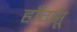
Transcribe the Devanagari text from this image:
हाँग्झू